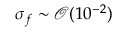
\sigma _ { f } \sim \mathcal { O } ( 1 0 ^ { - 2 } )